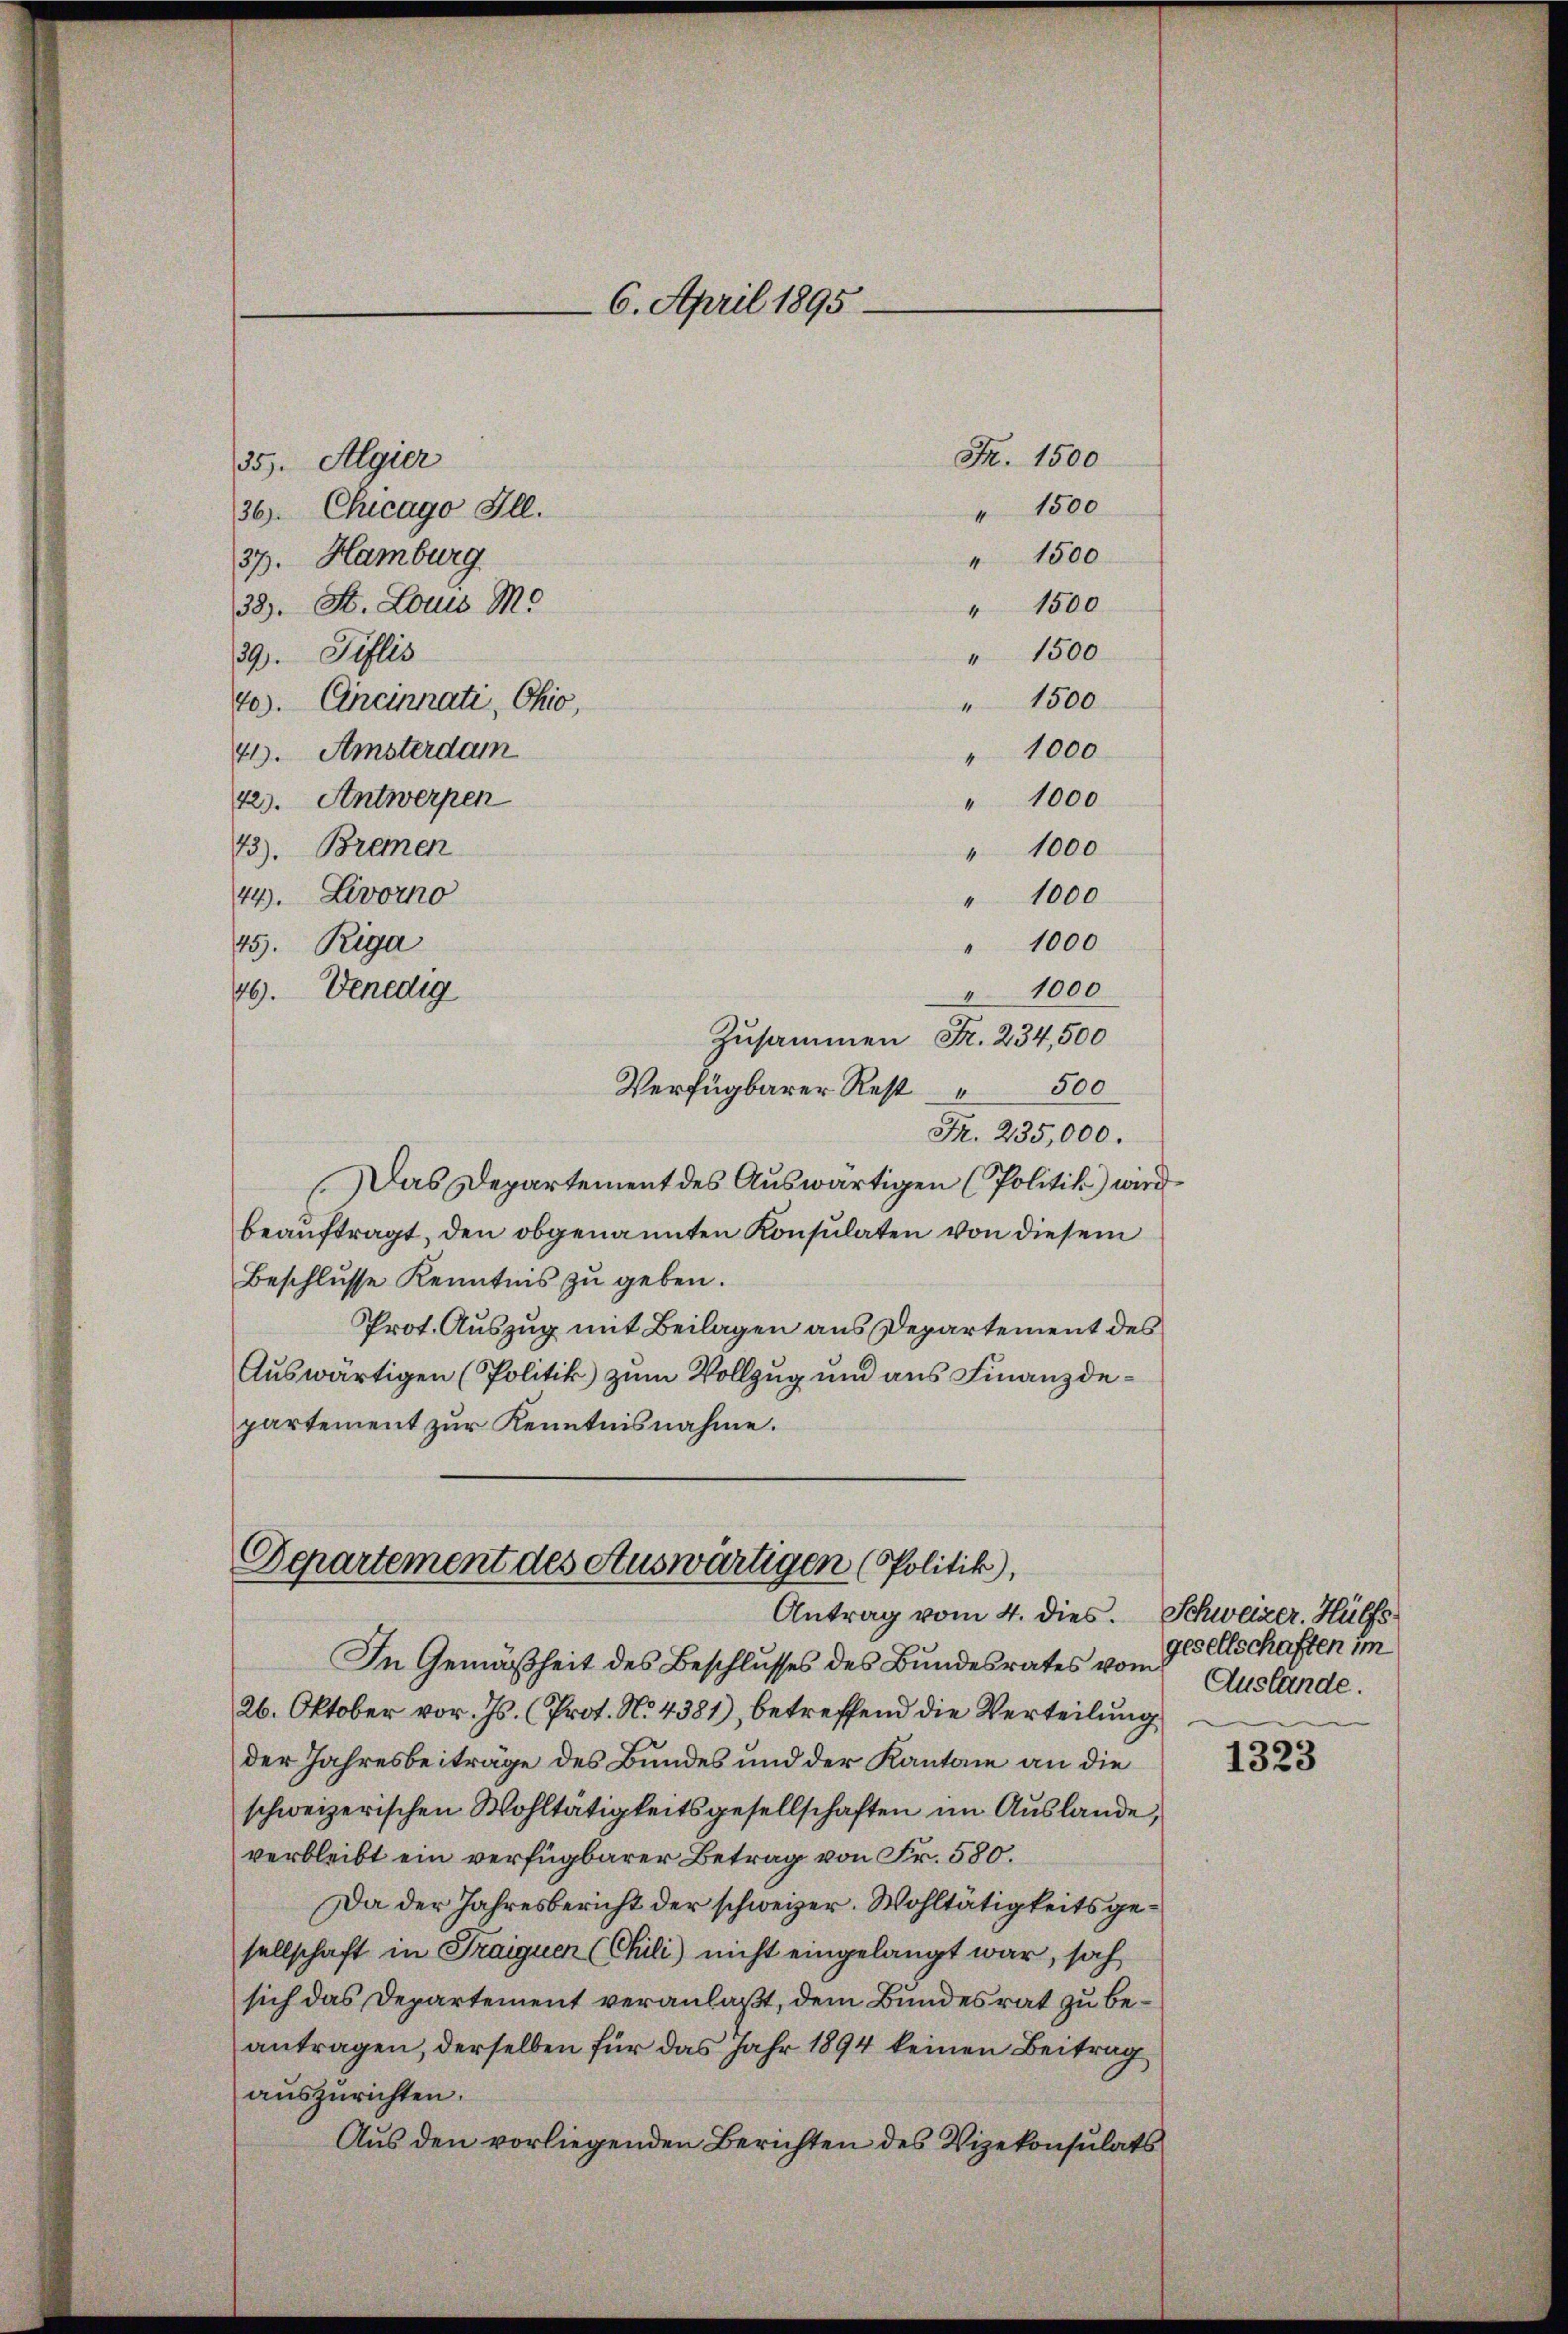
42). Antwerpen
73). Bremen
44. Livorno
45. Riga
46. Venedig

35). Algier
36. Chicago Ill.
37. Hamburg
33). St. Louis M.
39). Tiflis

40). Ancinnati, Ohio,
41. Amsterdam

" 1000
" 1000
" 1000
Zusammen Fr. 234,500
500
Verfügbarer Rest
Fr. 235,000.
Das Departement des Auswärtigen (Politik) wird
beauftragt, den obgenannten Konsulaten von diesem
Beschlusse Kenntnis zu geben.
Prot. Auszug mit Beilagen aus Departement des
Auswärtigen (Politik) zum Vollzug und aus Finanzdepartement zur Kenntnisnahme.

6. April 1895.

Fr. 1500
" 1500
" 1500
" 1500
" 1500
" 1500
" 1000
" 1000
" 1000

Departement des Auswärtigen (Politik),
Antrag vom 4. dies. Schweizer. Hülfs¬

In Gemäßheit des Beschlusses des Bundesrates vom Auslande.
26. Oktober vor. Js. (Prot. N. 4381), betreffend die Verteilung
der Jahresbeiträge des Bundes und der Kantone an die
schweizerischen Wohltätigkeitsgesellschaften im Auslande,
verbleibt ein verfügbarer Betrag von Fr. 580.
Da der Jahresbericht der schweizer. Wohltätigkeits gesellschaft in Fraiguen (Chili) nicht eingelangt war, sah
sich das Departement veranlaßt, dem Bundesrat zu beantragen, derselben für das Jahr 1894 keinen Beitrag
auszurichten.
Aus den vorliegenden Berichten des Vizekonsulats

gesellschaften im

1323